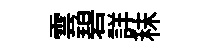
雲碧詳秣